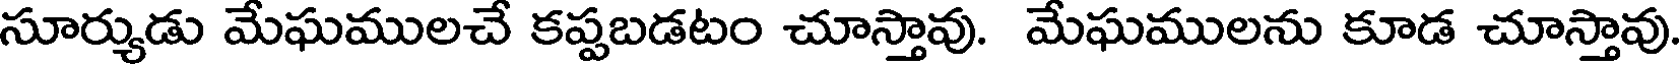
సూర్యుడు మేఘములచే కప్పబడటం చూస్తావు. మేఘములను కూడ చూస్తావు